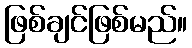
ဖြစ်ချင်ဖြစ်မည်။